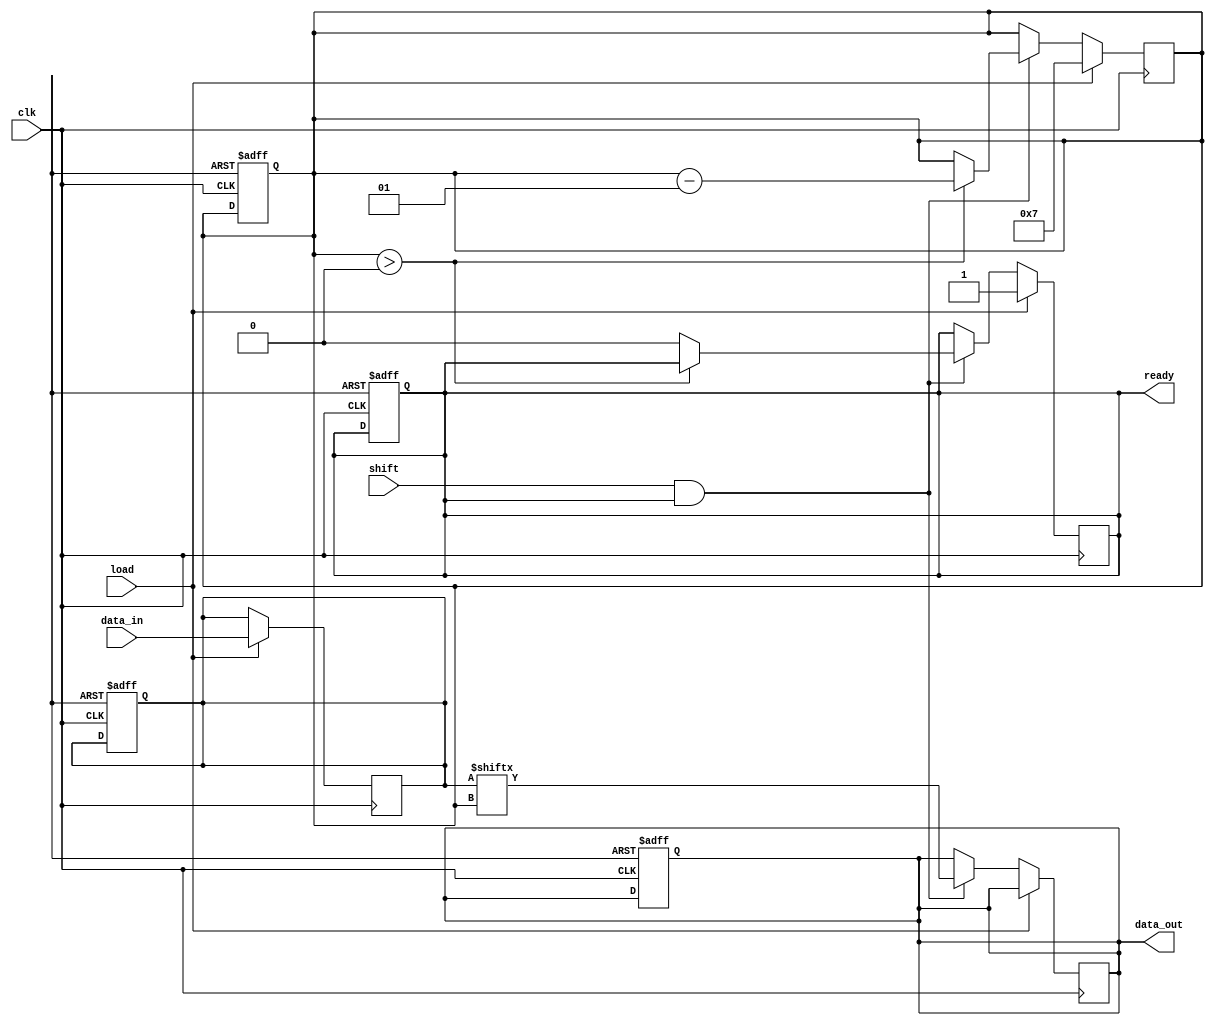
module PISO_Register #(
    parameter n = 8 // Width of the register (number of bits)
)(
    input wire clk,               // Clock signal
    input wire load,              // Load control signal
    input wire shift,             // Shift control signal
    input wire [n-1:0] data_in,   // Parallel input data
    output reg data_out,          // Serial output data
    output reg ready              // Ready signal (optional)
);
    
    reg [n-1:0] shift_reg;        // Shift register to hold the data
    integer bit_index;            // Index for shifting

    always @(posedge clk) begin
        if (load) begin
            // Load data into the shift register
            shift_reg <= data_in;
            ready <= 1'b1; // Set ready signal when data is loaded
            bit_index <= n - 1; // Start shifting from the last bit
        end else if (shift && ready) begin
            // Shift data out serially
            data_out <= shift_reg[bit_index]; // Output the current bit
            if (bit_index > 0) begin
                bit_index <= bit_index - 1; // Move to the next bit
            end else begin
                ready <= 1'b0; // Reset ready signal when done shifting
            end
        end
    end

    // Optional: Asynchronous reset functionality
    always @(posedge clk or negedge reset) begin
        if (!reset) begin
            shift_reg <= 0; // Clear the shift register
            data_out <= 0; // Clear the data output
            ready <= 1'b0; // Clear the ready signal
            bit_index <= n - 1; // Reset bit index
        end
    end

endmodule